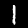
Label: 1